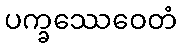
ပက္ခဿေဝေတံ